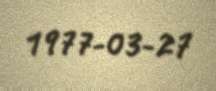
1977-03-27